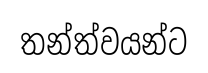
තන්ත්වයන්ට